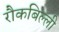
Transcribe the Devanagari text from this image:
रौकबिल्ली